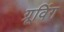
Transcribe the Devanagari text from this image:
ग्रूविंग